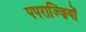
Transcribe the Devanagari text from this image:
पपराज्ज़ियों